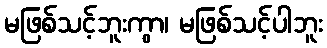
မဖြစ်သင့်ဘူးကွာ၊ မဖြစ်သင့်ပါဘူး